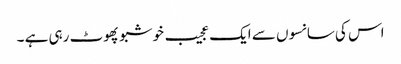
اس کی سانسوں سے ایک عجیب خوشبو پھوٹ رہی ہے ۔